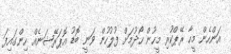
އަންހެން މީހާ ރޭޕްކުރި މީހުން ހޯދުމަށް ފުލުހުން ވަނީ ބޮޑު އޮޕަރޭޝަނެއް ހިންގައިފަ